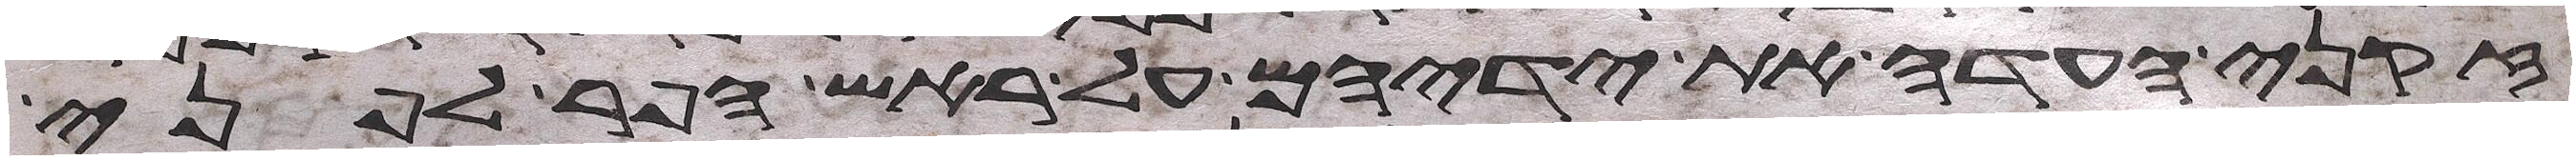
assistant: זקני העדה את ידיהם על ראש הפר לפני